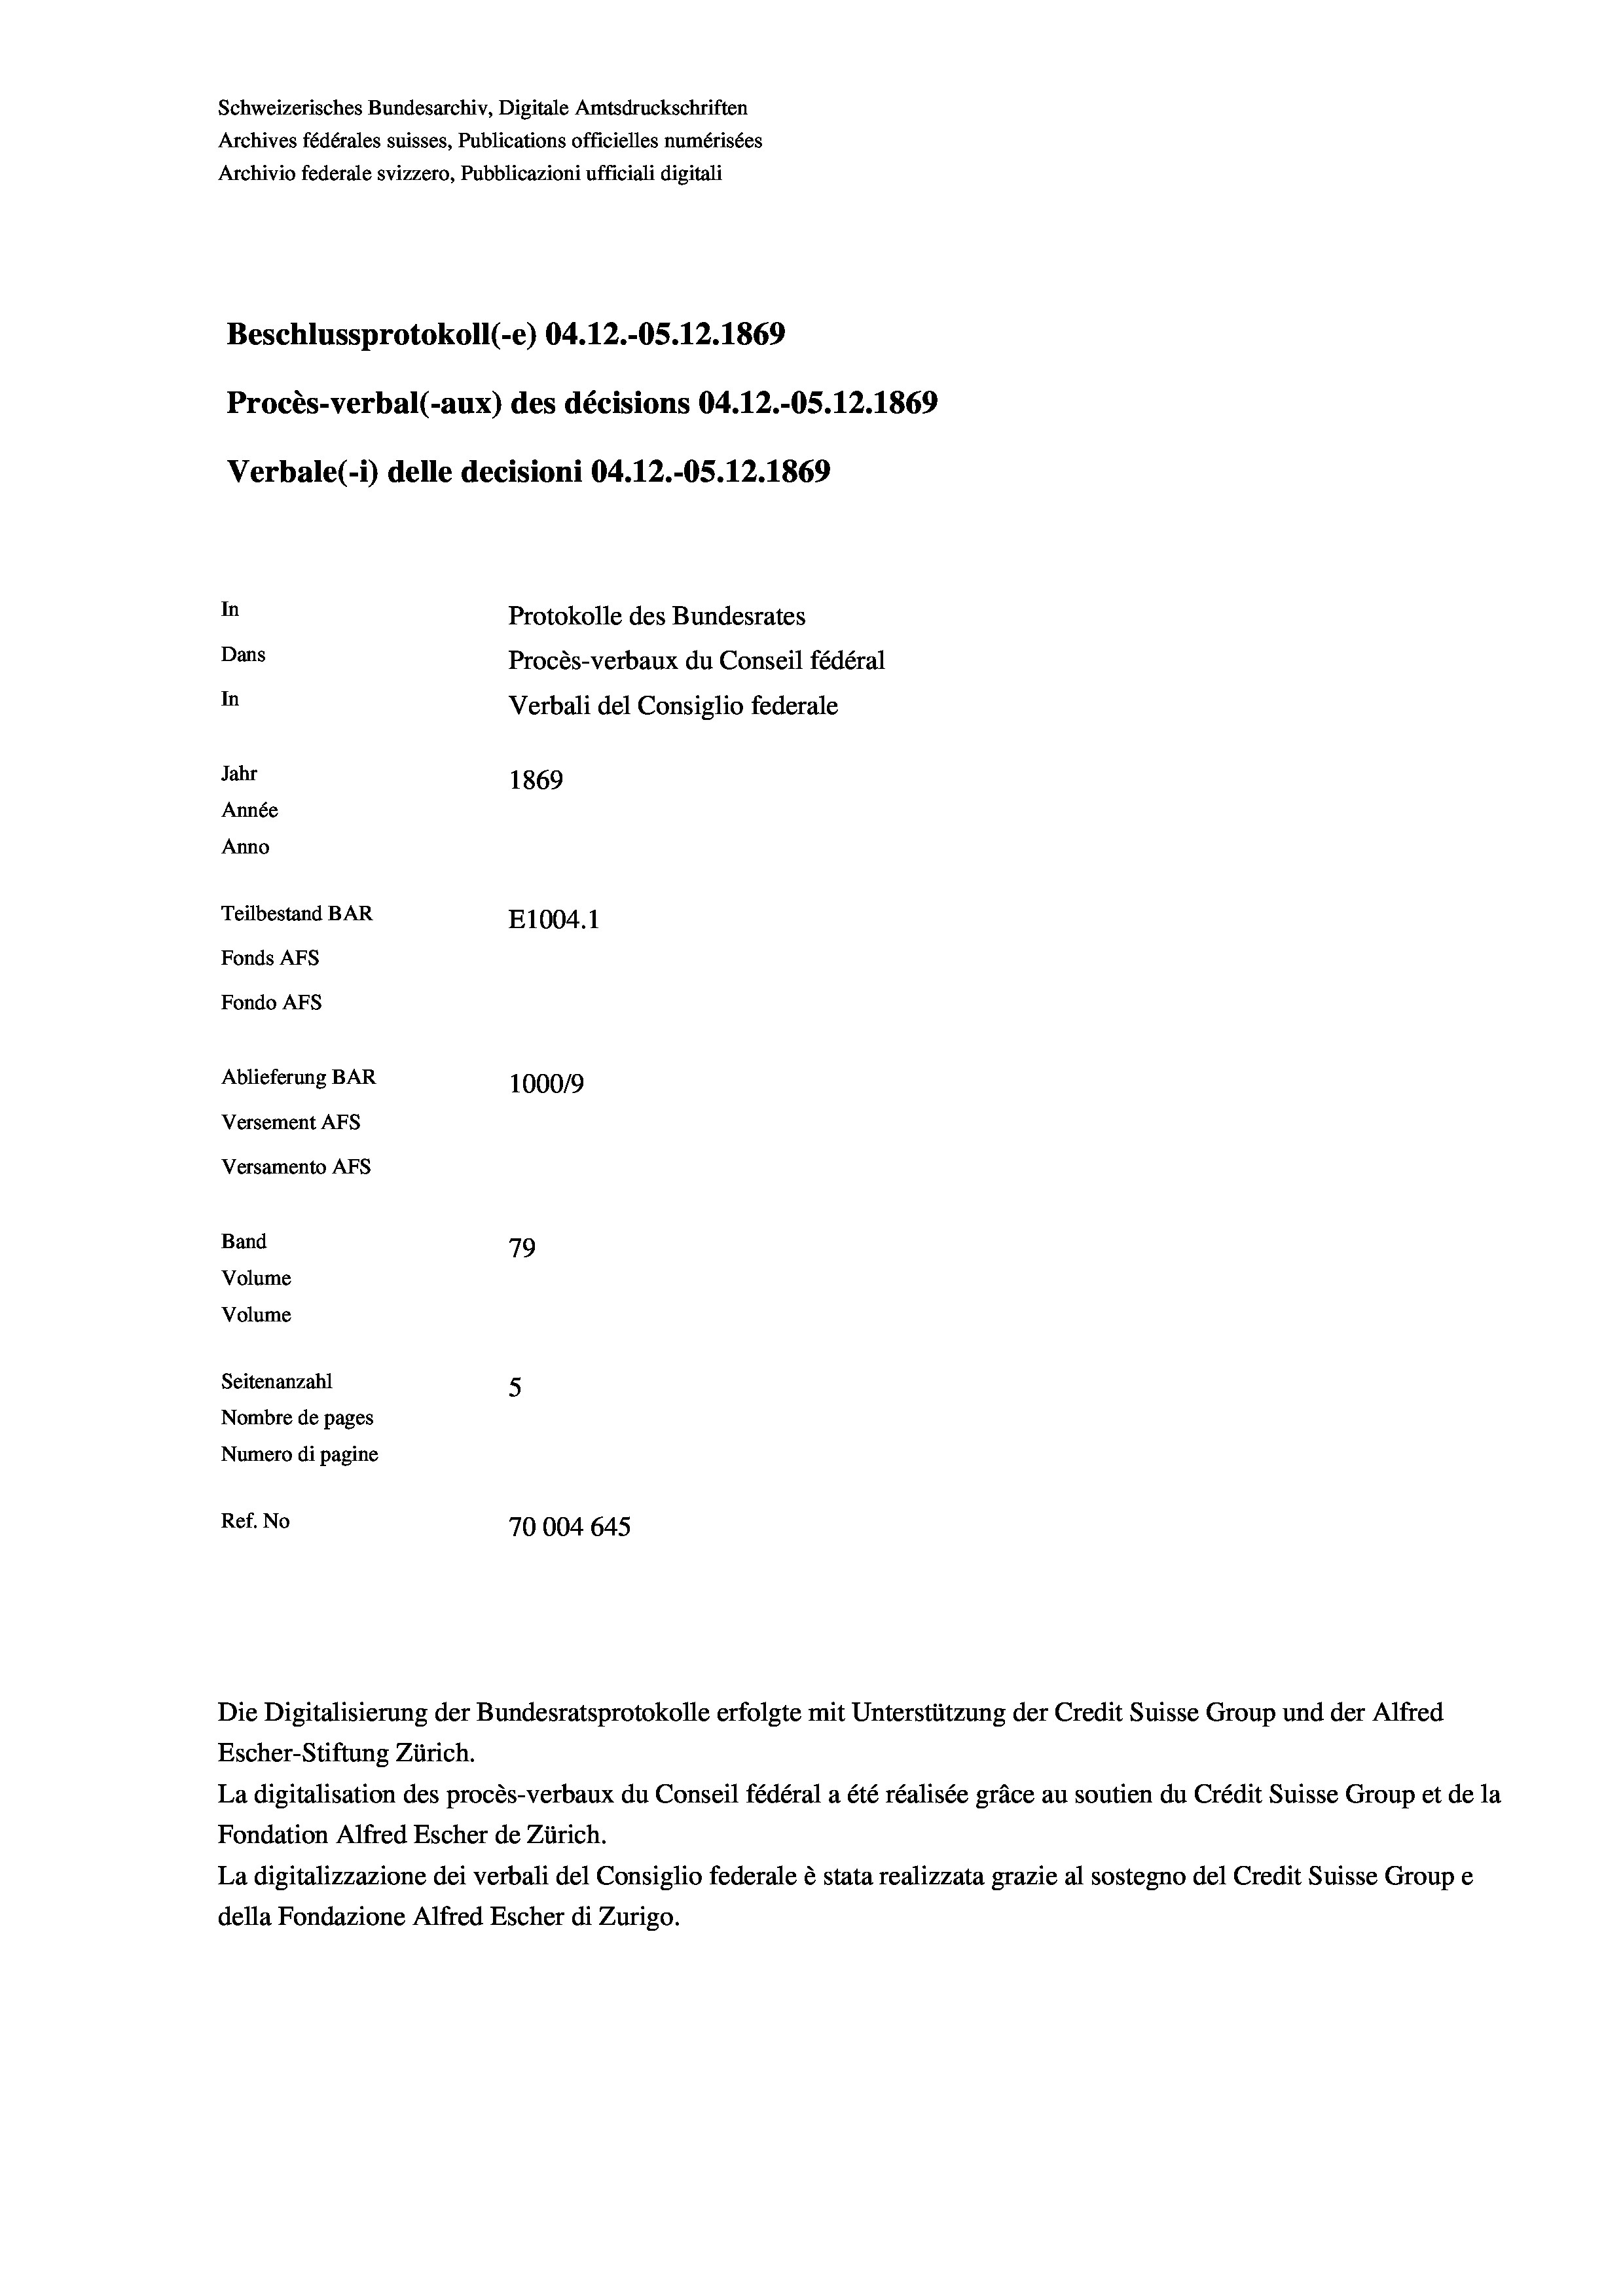
Schweizerisches Bundesarchiv, Digitale Amtsdruckschriften
Archives fédérales suisses, Publications officielles numérisées
Archivio federale svizzero, Pubblicazioni ufficiali digitali
Beschlussprotokoll (-e) 04.12.-OS.12.1869
Procès-verbal (-aux) des décisions 04.12.-OS. 12. 1869
Verbale(-*) delle decisioni 04.12.-OS. 12. 1869
In
Protokolle des Bundesrates
Dans
Procès-verbaux du Conseil fédéral
In
Verbali del Consiglio federale
Jahr
1869
Année
Anno
Teilbestand BAR
E1004. 1
Fonds AFs
Fondo AFs
Ablieferung BAR
1000/9
Versement As
Versamento AFs
Band
79
Volume
Volume
Seitenanzahl
5
Nombre de pages
Numero di pagine
Ref. No
70004645

Escher-Stiftung Zürich.
La digitalisation des procès-verbaux du Conseil fédéral a été réalisée gräce au soutien du Crédit Suisse Group et de la
Fondation Alfred Escher de Zürich.
La digitalizzazione dei verbali del Consiglio federale è stata realizzata grazie al sostegno del Credit Suisse Groupe
della Fondazione Alfred Escher di Zurigo.

Die Digitalisierung der Bundesratsprotokolle erfolgte mit Unterstützung der Credit Suisse Group und der Alfred